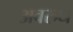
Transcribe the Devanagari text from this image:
अवरुध